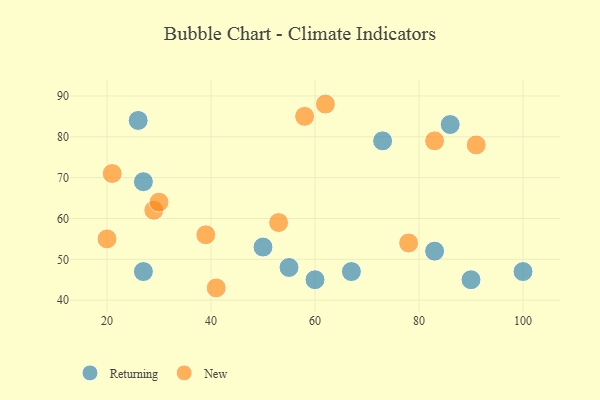
{"axis": {"x": "GDP", "y": "Life Expectancy"}, "legend": ["New", "Returning"], "data": [{"x": "73", "y": 79, "type": "Returning"}, {"x": "26", "y": 84, "type": "Returning"}, {"x": "50", "y": 53, "type": "Returning"}, {"x": "60", "y": 45, "type": "Returning"}, {"x": "86", "y": 83, "type": "Returning"}, {"x": "27", "y": 69, "type": "Returning"}, {"x": "90", "y": 45, "type": "Returning"}, {"x": "100", "y": 47, "type": "Returning"}, {"x": "67", "y": 47, "type": "Returning"}, {"x": "27", "y": 47, "type": "Returning"}, {"x": "55", "y": 48, "type": "Returning"}, {"x": "83", "y": 52, "type": "Returning"}, {"x": "29", "y": 62, "type": "New"}, {"x": "58", "y": 85, "type": "New"}, {"x": "91", "y": 78, "type": "New"}, {"x": "20", "y": 55, "type": "New"}, {"x": "78", "y": 54, "type": "New"}, {"x": "62", "y": 88, "type": "New"}, {"x": "53", "y": 59, "type": "New"}, {"x": "83", "y": 79, "type": "New"}, {"x": "41", "y": 43, "type": "New"}, {"x": "30", "y": 64, "type": "New"}, {"x": "39", "y": 56, "type": "New"}, {"x": "21", "y": 71, "type": "New"}]}